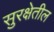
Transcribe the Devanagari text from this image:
सुरक्षेतील